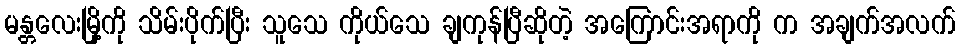
မန္တလေးမြို့ကို သိမ်းပိုက်ပြီး သူသေ ကိုယ်သေ ချကုန်ပြီဆိုတဲ့ အကြောင်းအရာကို က အချက်အလက်